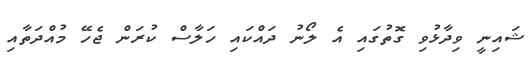
ޝައިނީ ވިދާޅުވި ގޮތުގައި އެ ލޯނު ދައްކައި ހަލާސް ކުރަން ޖެހޭ މުއްދަތާއި